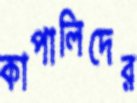
কাপালিদের